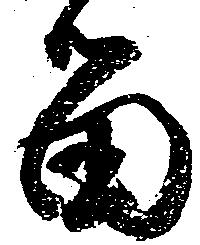
留